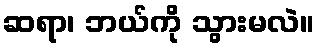
ဆရာ၊ ဘယ်ကို သွားမလဲ။